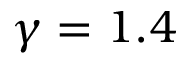
\gamma = 1 . 4